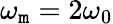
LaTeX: \omega_{\mathtt{m}}=2\omega_{0}